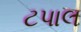
ટપાલ